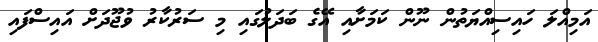
އަމިއްލަ ހައިސިއްޔަތުން ނޫން ކަމަށާއި އޭގެ ބަދަލުގައި މި ސަރުކާރު ވުޖޫދަށް އައިސްފައި